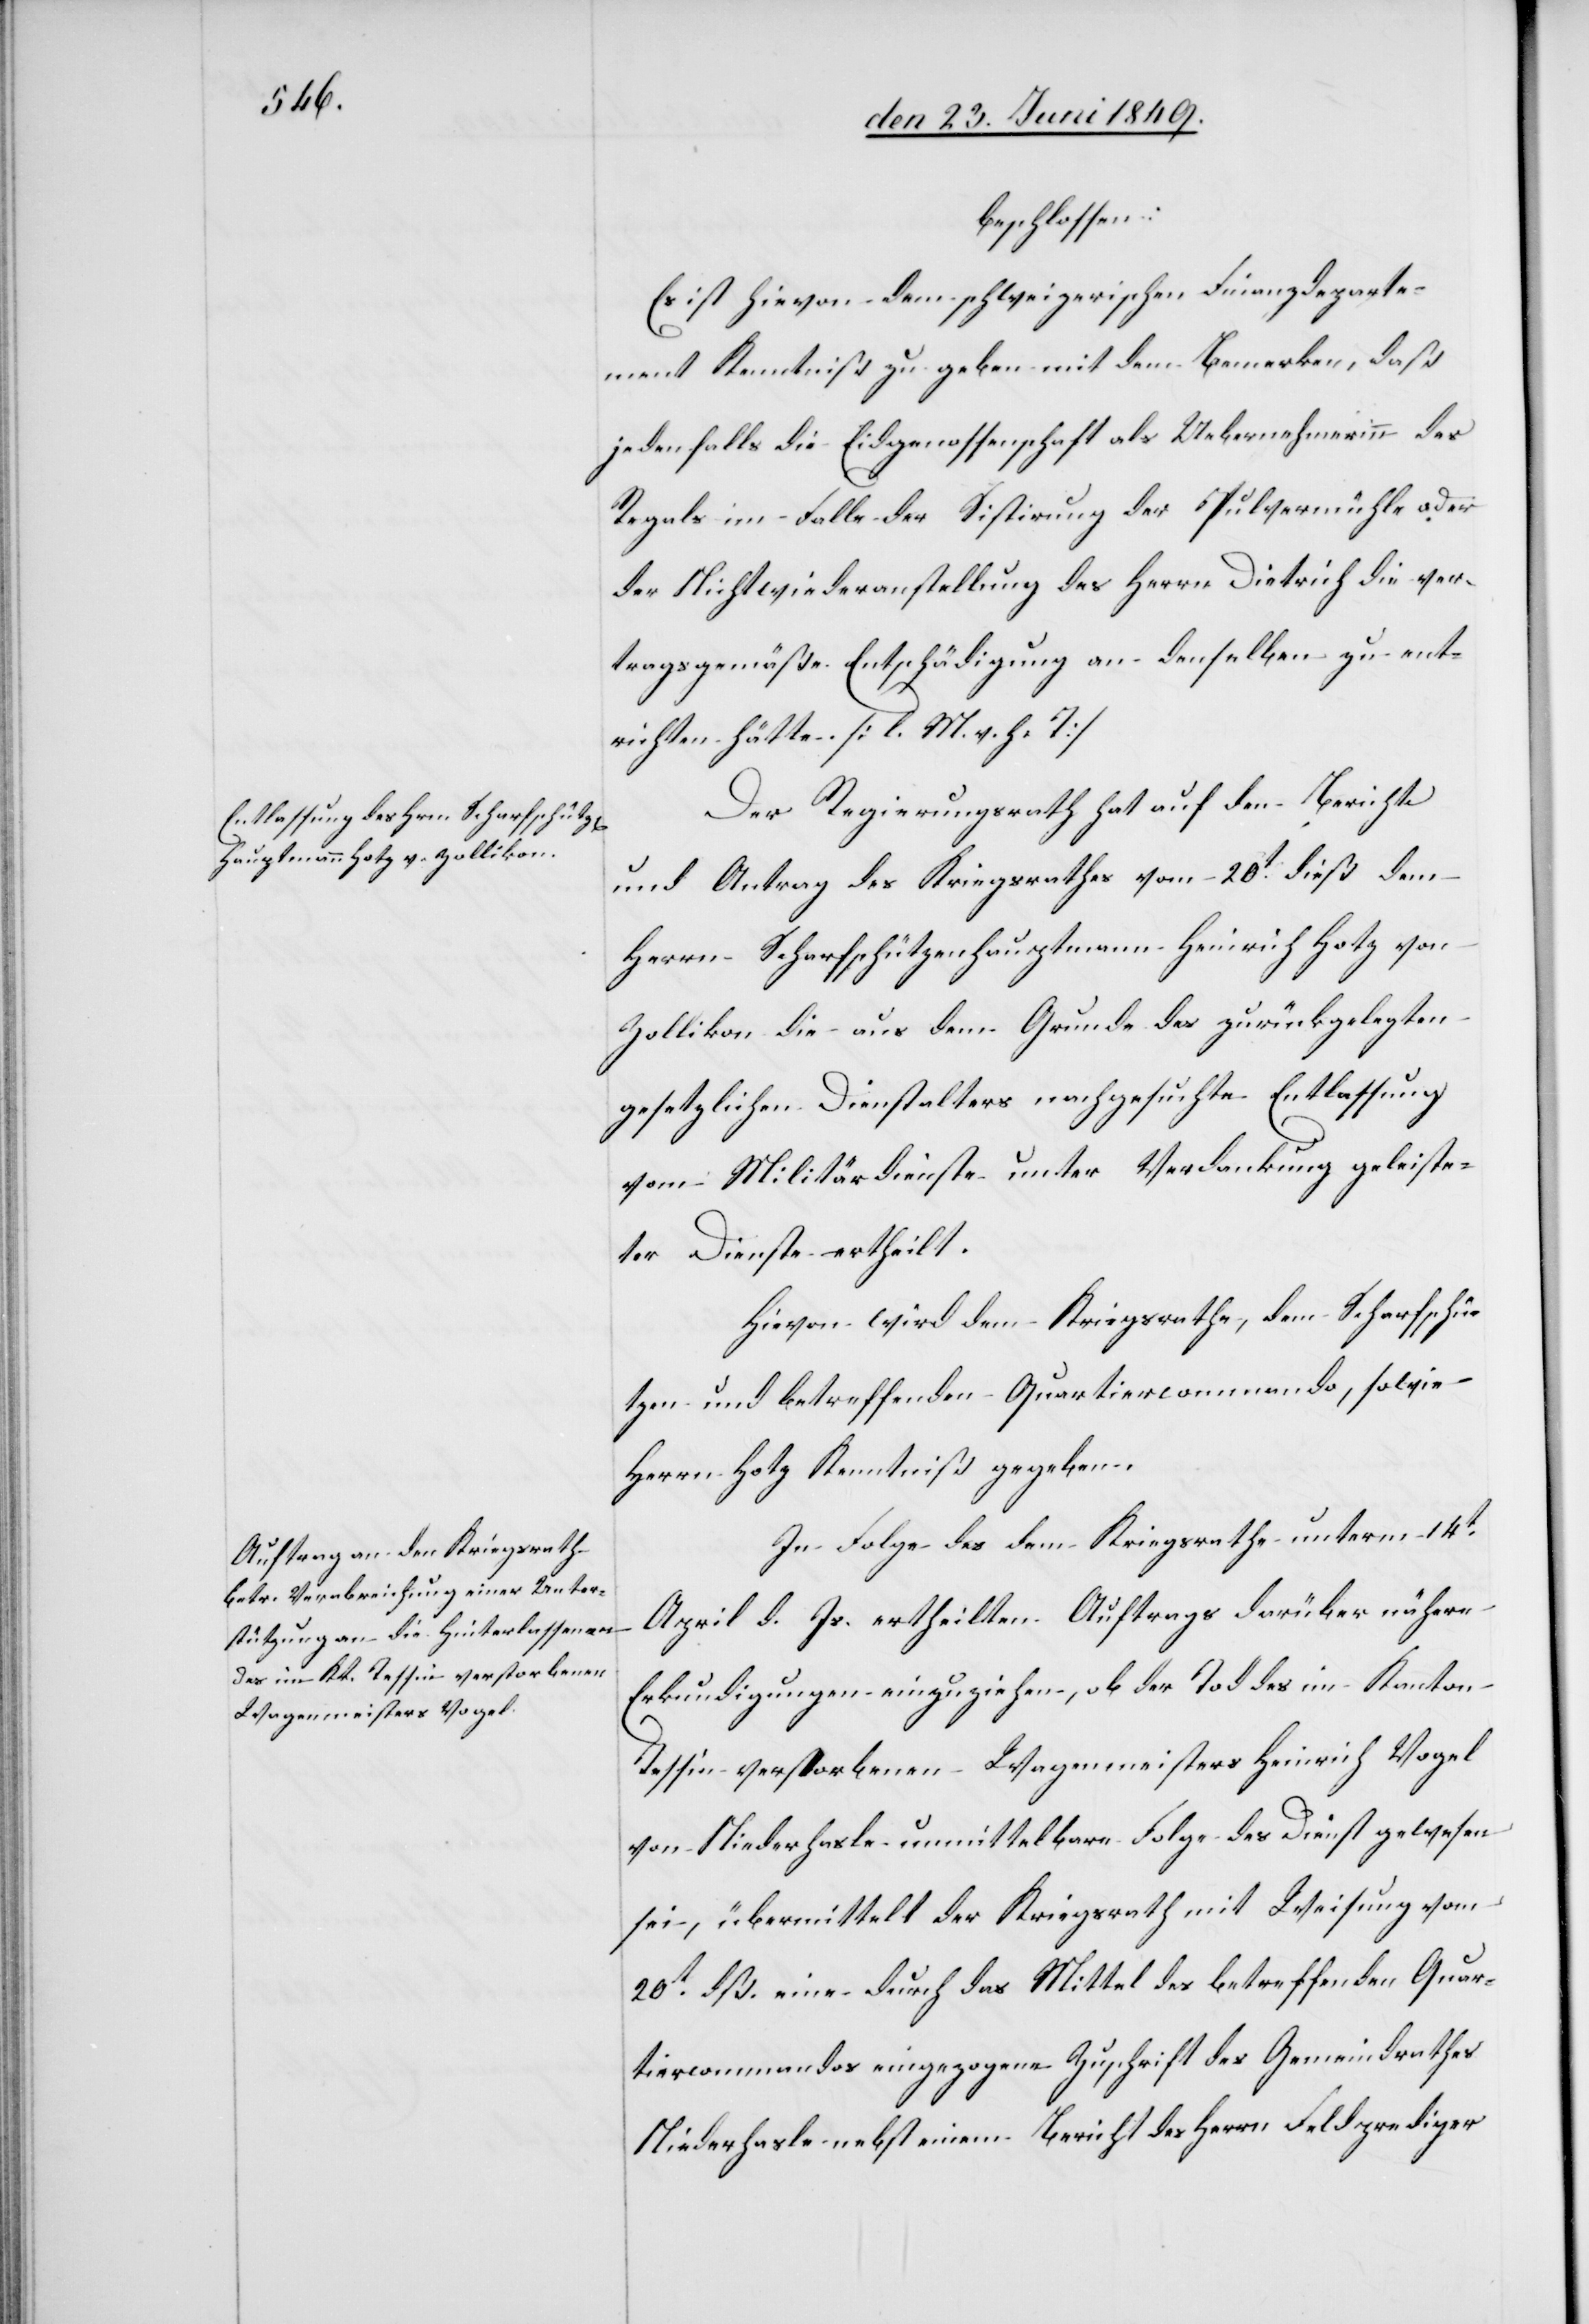
beschlossen:
Es ist hievon dem schweizerischen Finanzdeparte¬
ment Kenntniß zu geben mit dem Bemerken, daß
jedenfalls die Eidgenossenschaft als Uebernehmerinn des
Regals im Falle der Sistirung der Pulvermühle oder
der Nichtwiederanstellung des Herrn Dietrich die ver¬
tragsgemäße Entschädigung an denselben zu ent¬
richten hätte. [l. M. h. T]
Der Regierungsrath hat auf den Bericht
und Antrag des Kriegsrathes vom 20t dieß dem
Herrn Scharfschützenhauptmann Heinrich Hotz von
Zollikon die aus dem Grunde des zurückgelegten
gesetzlichen Dienstalters nachgesuchte Entlassung
vom Militärdienste unter Verdankung geleiste¬
ter Dienste ertheilt.
Hievon wird dem Kriegsrathe, dem Scharfschü¬
tzen- und betreffenden Quartiercommando, sowie
Herrn Hotz Kenntniß gegeben.
In Folge des dem Kriegsrathe unterm 14t
April d. Js. ertheilten Auftrags darüber nähere
Erkundigungen einzuziehen, ob der Tod des im Kanton
Tessin verstorbenen Wagenmeisters Heinrich Vogel
von Niederhasle unmittelbare Folge des Dienst gewesen
sei, übermittelt der Kriegsrath mit Weisung vom
20t dß. eine durch das Mittel des betreffenden Quar¬
tiercommandos eingezogene Zuschrift des Gemeindrathes
Niederhasle nebst einem Bericht des Herrn Feldprediger